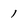
Character: 1